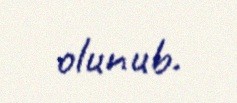
olunub.